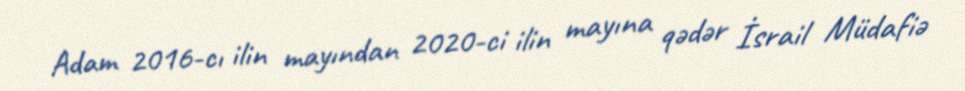
Adam 2016-cı ilin mayından 2020-ci ilin mayına qədər İsrail Müdafiə